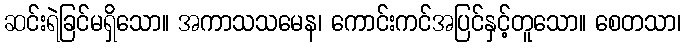
ဆင်းရဲခြင်မရှိသော။ အကာသသမေန၊ ကောင်းကင်အပြင်နှင့်တူသော။ စေတသာ၊